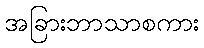
အခြားဘာသာစကား